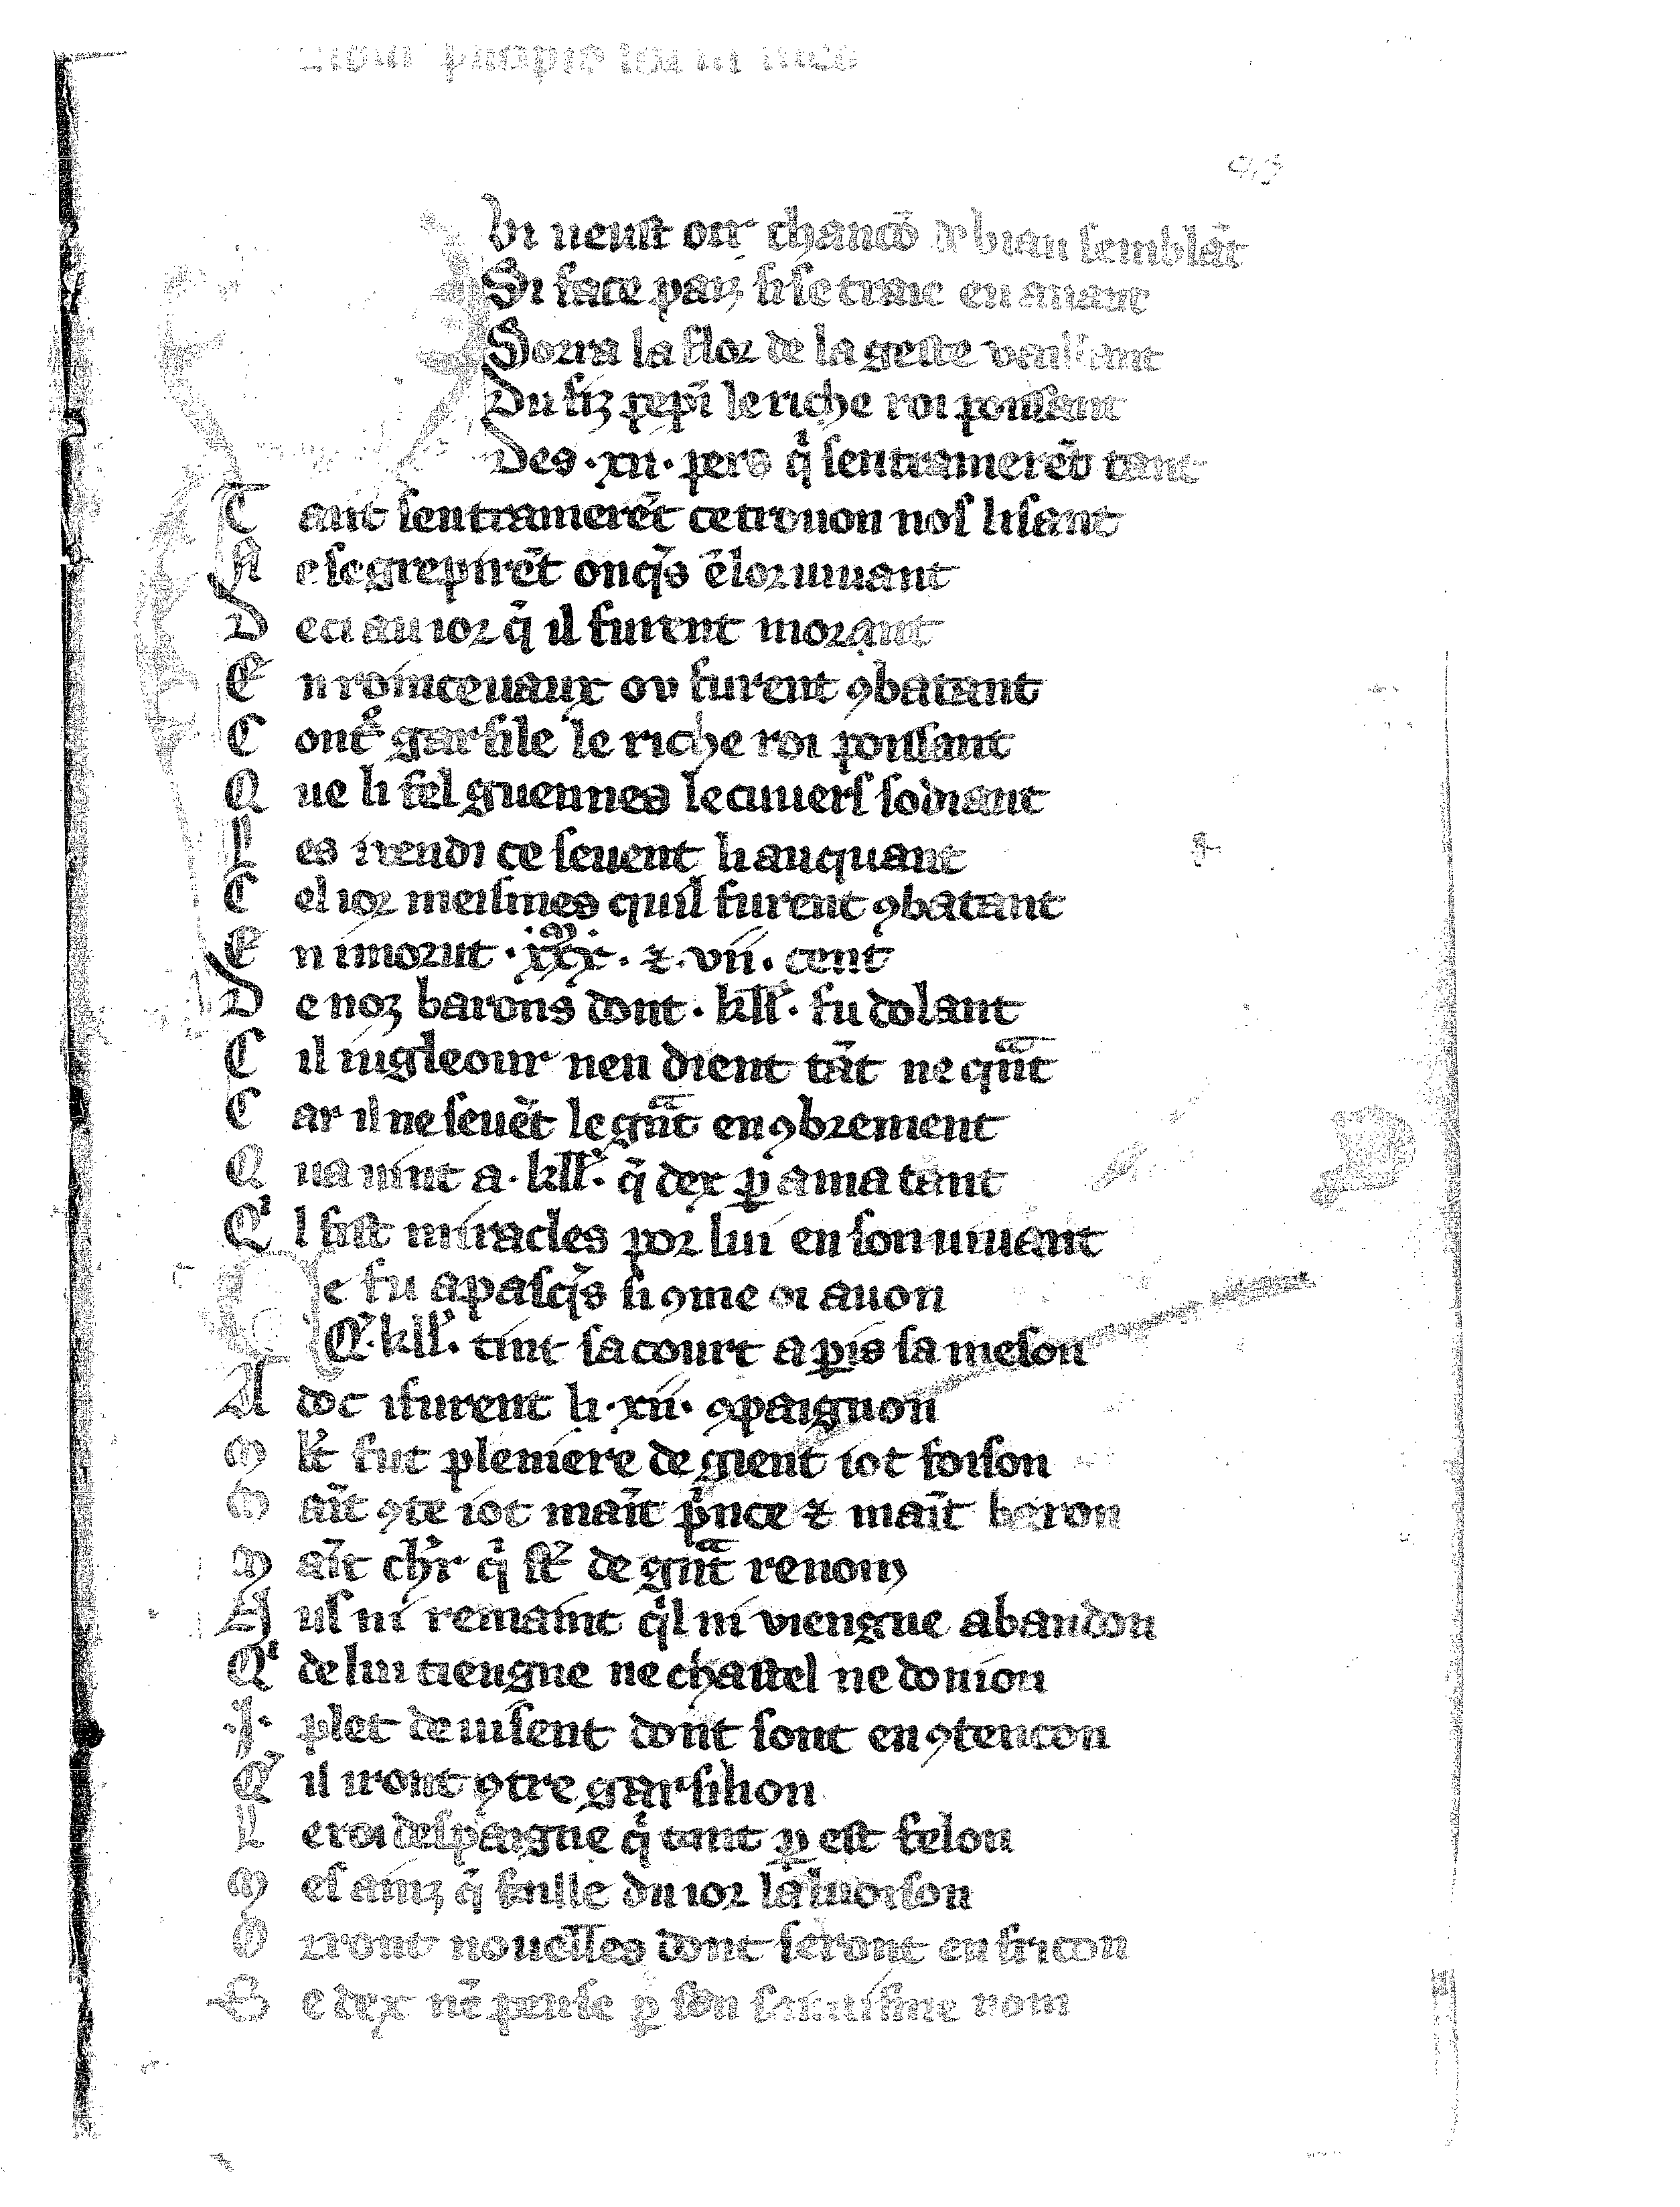
Shelfmark: Vatican, Biblioteca apostolica vaticana, Reg.lat. 1616
Century: 14